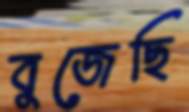
বুজেছি